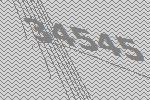
34545